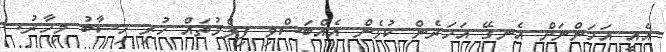
އެއީ އަހަންނަށް އެނގޭ އަހަރެން ކުޅެން އެއްބަސްވި ފިލްމުތައް ހުރި ހިސާބު މިހާރު.